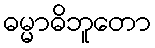
ဓမ္မာဓိဘူတော